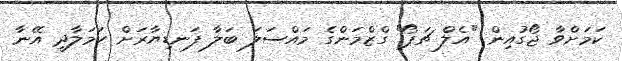
ކަމަށްވާ ޖޯގުއިން "އެލް ޗަޕޯ" ގްޒްމަންގެ މައްސަލަ ބަލާ ފަނޑިޔާރަށް ހަމަލާދީ އޭނާ